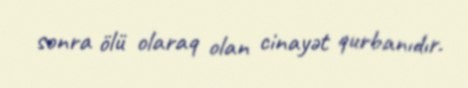
sonra ölü olaraq olan cinayət qurbanıdır.